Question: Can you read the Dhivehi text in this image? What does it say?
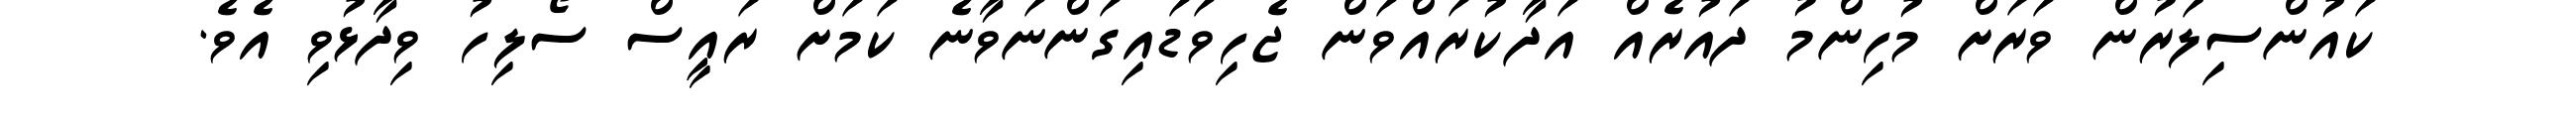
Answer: ކައުންސިލަރުން ވަރަށް މުހިންމު ދައުރެއް އަދާކުރައްވަން ޖެހިވަޑައިގަންނަވާނެ ކަމަށް ރައީސް ސޯލިހު ވިދާޅުވި އެވެ.